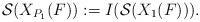
LaTeX: \begin{align*} \mathcal{S}(X_{P_1}(F)):=I(\mathcal{S}(X_1(F))).\end{align*}